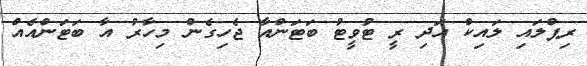
ރިޕްލައި ލައިކް އަދި ރީ ޓުވީޓު ބަޓަންއާ ޖެހިގެން މިހާރު އާ ބަޓަންއެއް